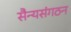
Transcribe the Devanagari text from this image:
सैन्यसंगठन